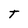
Character: T